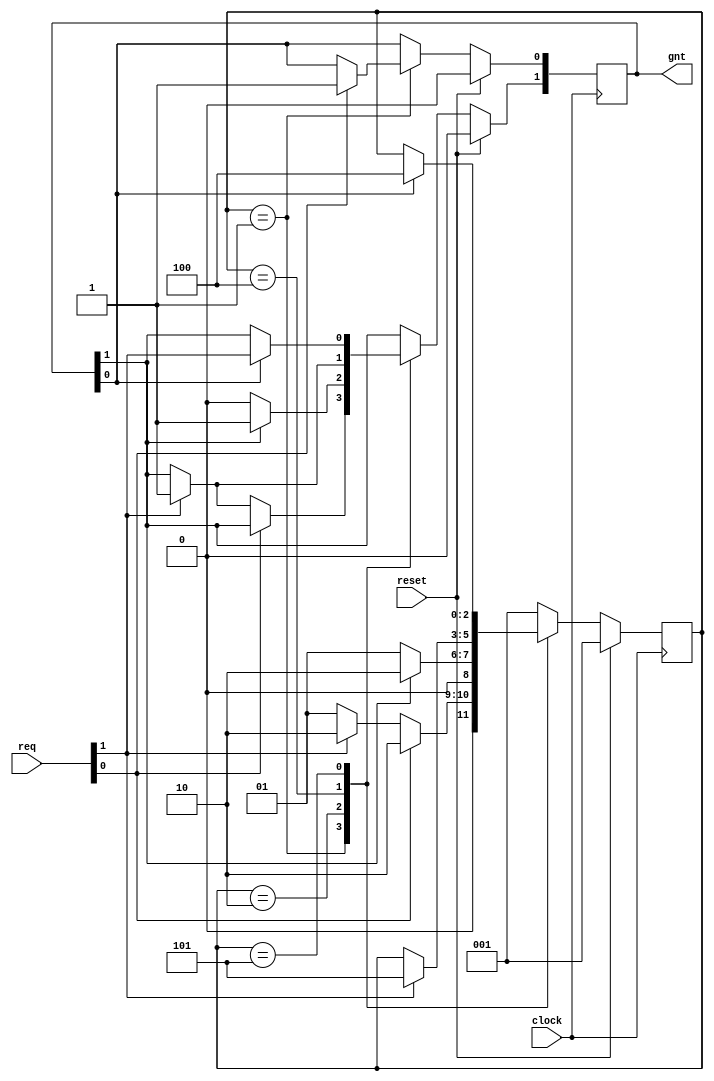
 module fsm (
 clock,
 reset,
 req,
 gnt
 );
 input   clock,reset;
 input [1:0] req ;
 output [1:0]  gnt ;
 wire    clock,reset;
 wire [1:0] req ;
 reg  [1:0]   gnt ;

  parameter SIZE = 3           ;
 parameter IDLE  = 3'b001,GNT0 = 3'b010,GNT1 = 3'b100,GNT2 = 3'b101,GNT3 = 3'b111;

 reg [SIZE-1:0] state;
 reg [SIZE-1:0] next_state;

  always @ (posedge clock)
 begin : FSM
 if (reset == 1'b1) begin
   state <=  #1  IDLE;
   gnt[0] <= 0;
   gnt[1] <= 0;
 end else
  case(state)
    IDLE : if (req[0] == 1'b1) begin
                 state <=  #1  GNT0;
                 gnt[0] <= 1;
               end else if (req[1] == 1'b1) begin
                 gnt[1] <= 1;
                 state <=  #1  GNT0;
               end else begin
                 state <=  #1  IDLE;
               end
    GNT0 : if (gnt[1] == 1'b1) begin
                 state <=  #1  GNT0;
               end else begin
                 gnt[1] <= 0;
                 state <=  #1  IDLE;
               end
    GNT1 : if (req[1] == 1'b1) begin
                 state <=  #1  GNT2;
				 gnt[1] <= req[1];
               end
    GNT2 : if (gnt[0] == 1'b1) begin
                 state <=  #1  GNT1;
				 gnt[1] <= req[1];
               end
    default : state <=  #1  IDLE;
 endcase
 end

 endmodule

 module top (
input clk,
input rst,
input a,
input b,
output g0,
output g1
);
wire [1:0] g ;
wire [1:0] r ;
fsm u_fsm ( .clock(clk),
            .reset(rst),
            .req(r),
            .gnt(g));
assign g0 = g[0];
assign g1 = g[1];

assign r[0] = a;
assign r[1] = b;

endmodule